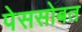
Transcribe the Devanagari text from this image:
पेससोबत